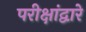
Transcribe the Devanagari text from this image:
परीक्षांद्वारे